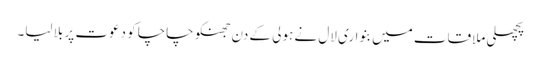
پچھلی ملاقات میں بنواری لال نے ہولی کے دن جھنکو چاچا کو دعوت پر بلا لیا۔